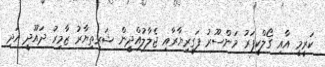
ކަރީމީ އާއި ގޯލްކީޕަރު މަންސޫރު ފަގީރިޔާރާއި ޖެލާލުއްދީން ޝަރިތިޔާރު ޒާމިރު ދައޫދީ އަދި